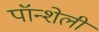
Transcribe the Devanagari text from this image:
पॉन्शेली